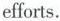
efforts.